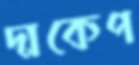
দাকেপ